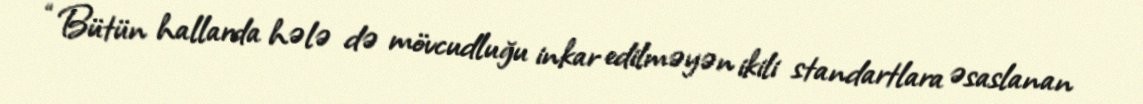
“Bütün hallarda hələ də mövcudluğu inkar edilməyən ikili standartlara əsaslanan